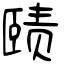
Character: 赜